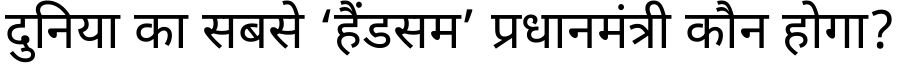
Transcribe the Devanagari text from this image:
दुनिया का सबसे ‘हैंडसम’ प्रधानमंत्री कौन होगा?